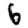
Digit: 6